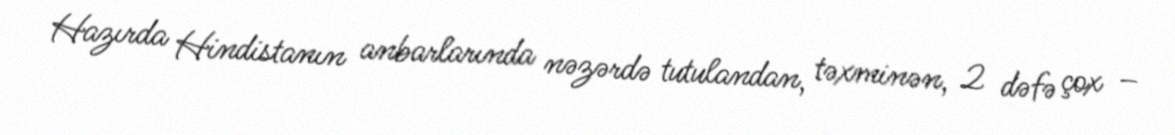
Hazırda Hindistanın anbarlarında nəzərdə tutulandan, təxminən, 2 dəfə çox –